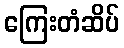
ကြေးတံဆိပ်